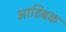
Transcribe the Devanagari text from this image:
आडिबक